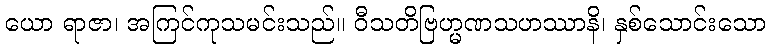
ယော ရာဇာ၊ အကြင်ကုသမင်းသည်။ ဝီသတိဗြဟ္မဏသဟဿာနိ၊ နှစ်သောင်းသော